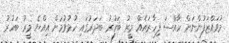
މުވައްޒަފުންނަށް ހާއްސަ ފިހާރައެއް މީރު ބަހުރު ބަދަރުގައި ހުޅުވުމަށް އިއްޔެ މީރު ބަހުރު